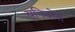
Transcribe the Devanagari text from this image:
युनिदोस